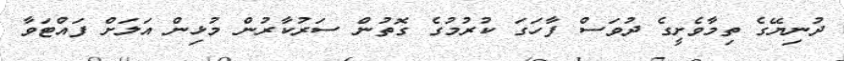
ދުނިޔޭގެ ތިމާވެށީގެ ދުވަސް ފާހަގަ ކުރުމުގެ ގޮތުން ސަރުކާރުން މުޅިން އަލަށް ފައްޓަވާ